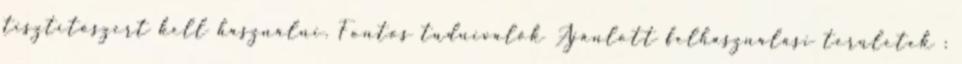
tisztítószert kell használni. Fontos tudnivalók Ajánlott felhasználási területek :